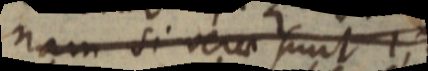
nam si vera sunt 1, 2